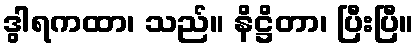
ဒွါရကထာ၊ သည်။ နိဋ္ဌိတာ၊ ပြီးပြီ။